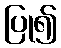
ပြု၍